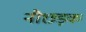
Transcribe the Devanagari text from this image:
नौछड़क